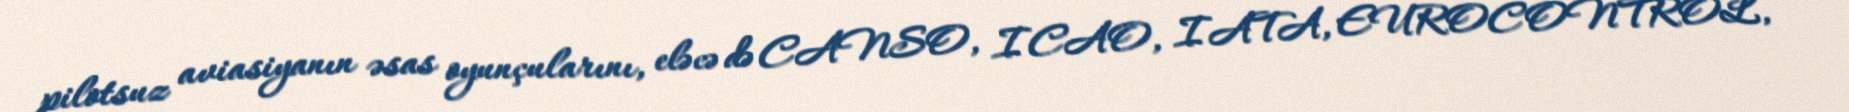
pilotsuz aviasiyanın əsas oyunçularını, eləcə də CANSO, ICAO, IATA, EUROCONTROL,